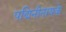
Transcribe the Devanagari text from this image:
पद्मिनीनायके